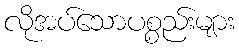
လိုအပ်သောပစ္စည်းများ